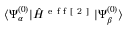
\langle \Psi _ { \alpha } ^ { ( 0 ) } | \hat { H } ^ { \mathrm { ~ e ~ f ~ f ~ [ ~ 2 ~ ] ~ } } | \Psi _ { \beta } ^ { ( 0 ) } \rangle